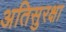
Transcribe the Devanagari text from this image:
अतिसुरक्षा